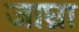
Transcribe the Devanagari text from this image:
जाघ्रा